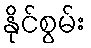
နိုင်စွမ်း